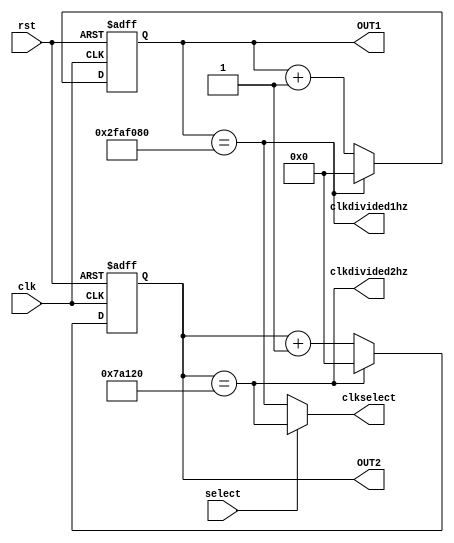
module clockdivide2(
    input clk,
    input rst,
	 input select,
    output reg [31:0] OUT1,
	 output reg [31:0] OUT2,
    output clkdivided1hz,
	 output clkdivided2hz,
	 output clkselect
    );
	 
	 always @ (posedge clk or posedge rst)
		begin
		if (rst)
			OUT1<=32'd0;
		else
		if (OUT1 == 32'd50000000)
			OUT1<=32'd0;
		else
			OUT1 <= OUT1 + 1;
		end
		
	 always @ (posedge clk or posedge rst)
		begin
		if (rst)
			OUT2<=32'd0;
		else
		if (OUT2 == 32'd500000)
			OUT2<=32'd0;
		else
			OUT2 <= OUT2 + 1;
		end
assign clkdivided1hz = (OUT1 == 32'd50000000);
assign clkdivided2hz = (OUT2 == 32'd500000);

assign clkselect = (select) ? clkdivided2hz : clkdivided1hz;
endmodule